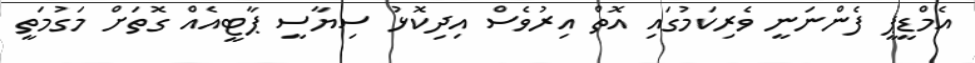
އެމްޑީޕީ ފެންނަނީ ވެރިކަމުގައި އޮތް އިރުވެސް އިދިކޮޅު ސިޔާސީ ޕާޓީއެއް ގޮތަށް މަގުމަތީ